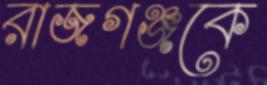
রাজগঞ্জকে